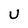
Character: U